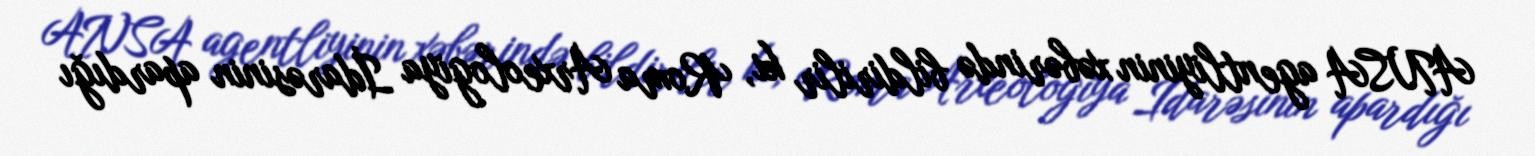
ANSA agentliyinin xəbərində bildirilir ki, Roma Arxeologiya İdarəsinin apardığı